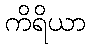
ကိရိယာ